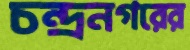
চন্দ্রনগরের